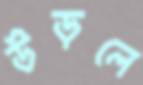
উড়লে